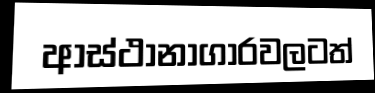
ආස්ථානාගාරවලටත්